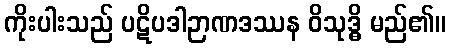
ကိုးပါးသည် ပဋိပဒါဉာဏဒဿန ဝိသုဒ္ဓိ မည်၏။